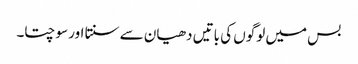
بس میں لوگوں کی باتیں دھیان سے سنتا اور سوچتا۔